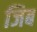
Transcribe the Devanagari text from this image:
जिब